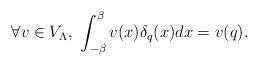
LaTeX: \begin{align*}\forall v\in V_{\Lambda },\ \int_{-\beta }^{\beta }v(x)\mathbf{\delta }_{q}(x)dx=v(q). \end{align*}